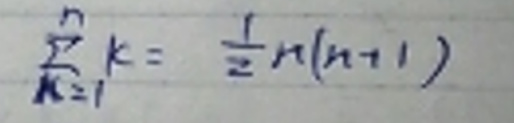
\[
\sum_{k = 1}^{n} k=\frac{1}{2}n(n + 1)
\]